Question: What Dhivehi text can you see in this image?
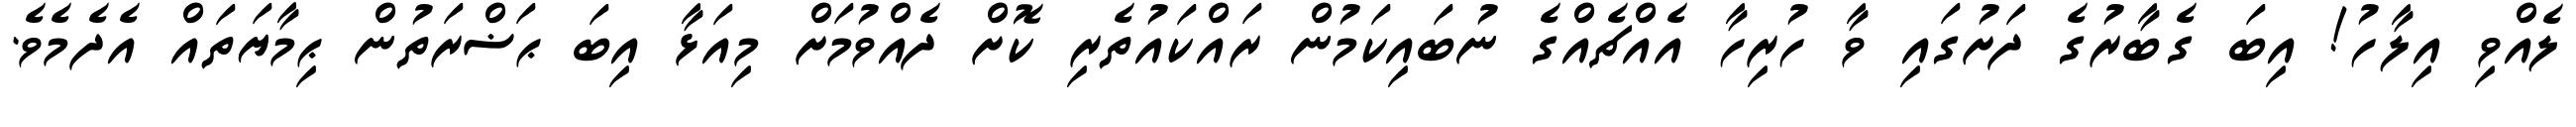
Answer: ލެއްވި އިލާހު! އިބަ ގެބާރުގެ ދަށުގައި ވާ ހުރިހާ އެއްޗެއްގެ ނުބައިކަމުން ރައްކައުތެރި ކޮށް ދެއްވުމަށް މިއަޅާ އިބަ ޙަޟްރަތުން ޙިމާޔަތައް އެދެމެވެ.